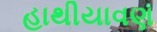
હાથીયાવણ